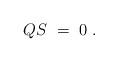
LaTeX: \begin{align*} QS \ = \ 0 \;.\end{align*}